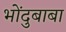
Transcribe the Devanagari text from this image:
भोंदुबाबा